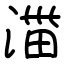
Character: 湽